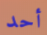
أحد